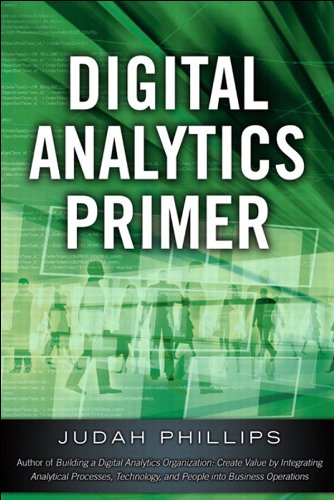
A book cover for Digital Analytics Primer; Judah Phillips; Computers & Technology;